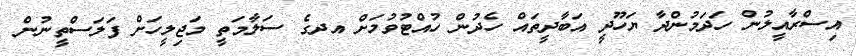
އިސްރާއީލުން ހަދަމުންދާ ޔަހޫދީ އަބާދީތައް ހެދުން ހުއްޓުވުމަށް އދގެ ސަލާމަތީ މަޖިލީހަށް ފަލަސްތީނުން